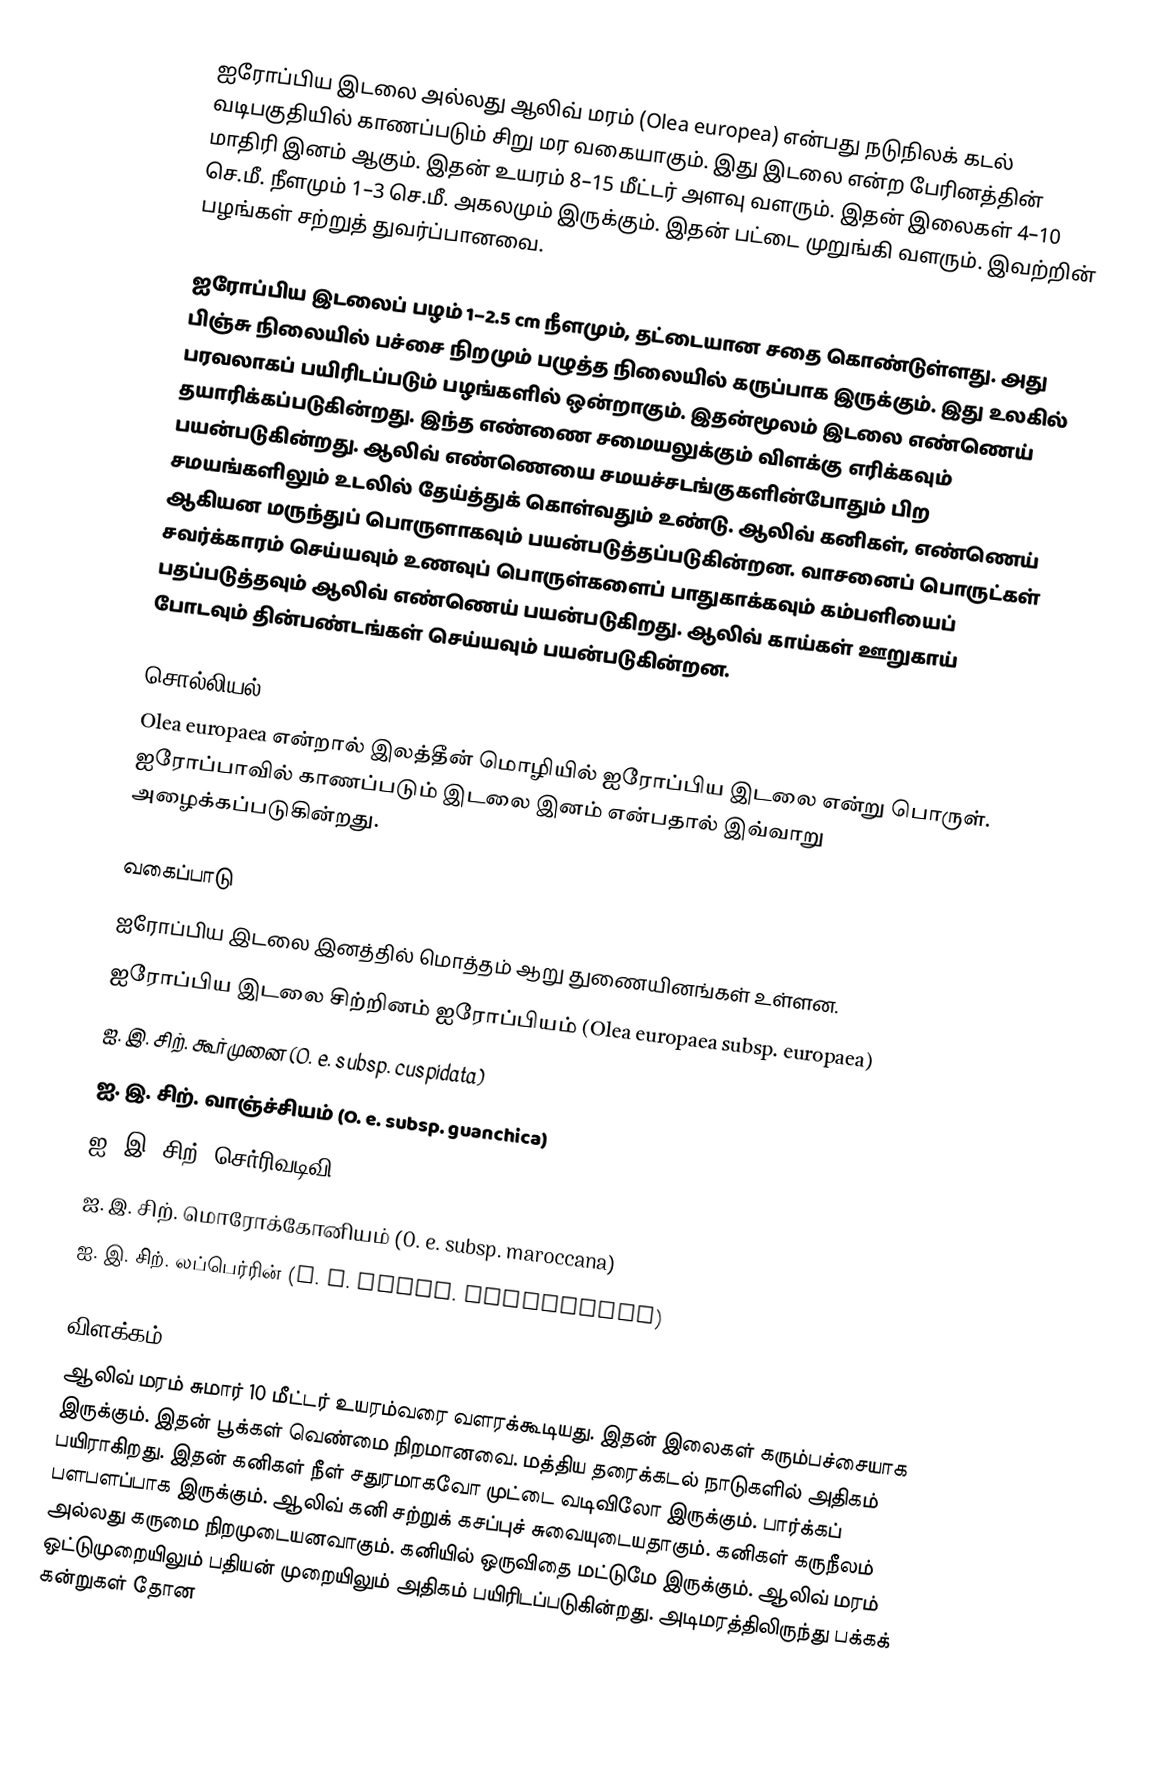
ஐரோப்பிய இடலை அல்லது ஆலிவ் மரம் (Olea europea) என்பது நடுநிலக் கடல் வடிபகுதியில் காணப்படும் சிறு மர வகையாகும். இது இடலை என்ற பேரினத்தின் மாதிரி இனம் ஆகும். இதன் உயரம் 8–15 மீட்டர் அளவு வளரும். இதன் இலைகள் 4–10 செ.மீ. நீளமும் 1–3 செ.மீ. அகலமும் இருக்கும். இதன் பட்டை முறுங்கி வளரும். இவற்றின் பழங்கள் சற்றுத் துவர்ப்பானவை.

ஐரோப்பிய இடலைப் பழம் 1–2.5 cm நீளமும், தட்டையான சதை கொண்டுள்ளது. அது பிஞ்சு நிலையில் பச்சை நிறமும் பழுத்த நிலையில் கருப்பாக இருக்கும். இது உலகில் பரவலாகப் பயிரிடப்படும் பழங்களில் ஒன்றாகும். இதன்மூலம் இடலை எண்ணெய் தயாரிக்கப்படுகின்றது. இந்த எண்ணை சமையலுக்கும் விளக்கு எரிக்கவும் பயன்படுகின்றது. ஆலிவ் எண்ணெயை சமயச்சடங்குகளின்போதும் பிற சமயங்களிலும் உடலில் தேய்த்துக் கொள்வதும் உண்டு. ஆலிவ் கனிகள், எண்ணெய் ஆகியன மருந்துப் பொருளாகவும் பயன்படுத்தப்படுகின்றன. வாசனைப் பொருட்கள் சவர்க்காரம் செய்யவும் உணவுப் பொருள்களைப் பாதுகாக்கவும் கம்பளியைப் பதப்படுத்தவும் ஆலிவ் எண்ணெய் பயன்படுகிறது. ஆலிவ் காய்கள் ஊறுகாய் போடவும் தின்பண்டங்கள் செய்யவும் பயன்படுகின்றன.

சொல்லியல்
Olea europaea என்றால் இலத்தீன் மொழியில் ஐரோப்பிய இடலை என்று பொருள். ஐரோப்பாவில் காணப்படும் இடலை இனம் என்பதால் இவ்வாறு அழைக்கப்படுகின்றது.

வகைப்பாடு
ஐரோப்பிய இடலை இனத்தில் மொத்தம் ஆறு துணையினங்கள் உள்ளன.
ஐரோப்பிய இடலை சிற்றினம் ஐரோப்பியம் (Olea europaea subsp. europaea)
ஐ. இ. சிற். கூர்முனை (O. e. subsp. cuspidata)
ஐ. இ. சிற். வாஞ்ச்சியம் (O. e. subsp. guanchica)
ஐ. இ. சிற். செர்ரிவடிவி (O. e. subsp. cerasiformis)
ஐ. இ. சிற். மொரோக்கோனியம் (O. e. subsp. maroccana)
ஐ. இ. சிற். லப்பெர்ரின் (O. e. subsp. laperrinei)

விளக்கம்
ஆலிவ் மரம் சுமார் 10 மீட்டர் உயரம்வரை வளரக்கூடியது. இதன் இலைகள் கரும்பச்சையாக இருக்கும். இதன் பூக்கள் வெண்மை நிறமானவை. மத்திய தரைக்கடல் நாடுகளில் அதிகம் பயிராகிறது. இதன் கனிகள் நீள் சதுரமாகவோ முட்டை வடிவிலோ இருக்கும். பார்க்கப் பளபளப்பாக இருக்கும். ஆலிவ் கனி சற்றுக் கசப்புச் சுவையுடையதாகும். கனிகள் கருநீலம் அல்லது கருமை நிறமுடையனவாகும். கனியில் ஒருவிதை மட்டுமே இருக்கும். ஆலிவ் மரம் ஒட்டுமுறையிலும் பதியன் முறையிலும் அதிகம் பயிரிடப்படுகின்றது. அடிமரத்திலிருந்து பக்கக் கன்றுகள் தோன